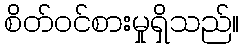
စိတ်ဝင်စားမှုရှိသည်။